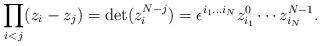
LaTeX: \begin{align*}\prod_{i<j} (z_i-z_j) = {\rm det}(z_i^{N-j})=\epsilon ^{i_1...i_N}z_{i_1}^{0}\cdots z_{i_N}^{N-1}.\end{align*}